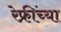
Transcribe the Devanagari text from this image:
रेफ्रींच्या